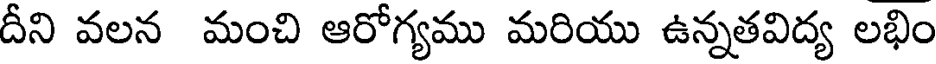
దీని వలన మంచి ఆరోగ్యము మరియు ఉన్నతవిద్య లభిం